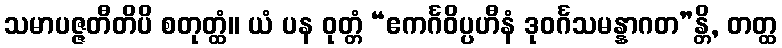
သမာပဇ္ဇတီတိပိ စတုတ္ထံ။ ယံ ပန ဝုတ္တံ “ဧကင်္ဂဝိပ္ပဟီနံ ဒုဝင်္ဂသမန္နာဂတ”န္တိ, တတ္ထ